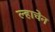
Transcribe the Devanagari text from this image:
ल्हाचेन